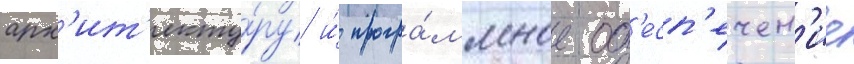
арх'ит'екту́ру и́ програ́ммное об'есп'ечен'ие